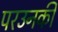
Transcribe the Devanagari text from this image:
परउनकी